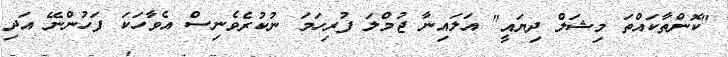
"ކޮންތާކައްތަ މިޝަލް ދިޔައީ" އަލައިނާ ޖުމްލަ ފުރިހަމަ ނުކުރެވެނިސް އެވާހަކަ ފަހުންނޭ އަދި